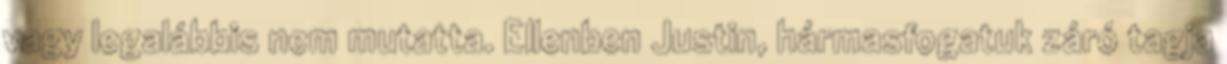
vagy legalábbis nem mutatta. Ellenben Justin, hármasfogatuk záró tagja